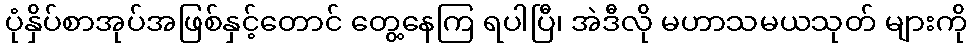
ပုံနှိပ်စာအုပ်အဖြစ်နှင့်တောင် တွေ့နေကြ ရပါပြီ၊ အဲဒီလို မဟာသမယသုတ် များကို